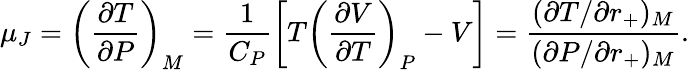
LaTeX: \mu_{J}=\left(\frac{\partial T}{\partial P}\right)_{M}=\frac{1}{C_{P}}\left[T\left(\frac{\partial V}{\partial T}\right)_{P}-V\right]=\frac{(\partial T/\partial r_{+})_{M}}{(\partial P/\partial r_{+})_{M}}.